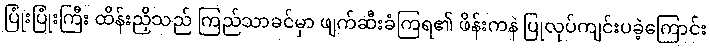
ပြုံးပြုံးကြီး ထိန်းညှိသည် ကြည်သာခင်မှာ ဖျက်ဆီးခံကြရ၏ ဖိန်းကနဲ ပြုလုပ်ကျင်းပခဲ့ကြောင်း